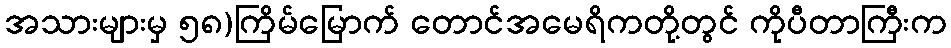
အသားများမှ ၅၈)ကြိမ်မြောက် တောင်အမေရိကတို့တွင် ကိုပီတာကြီးက